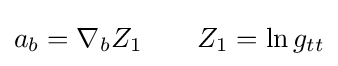
a_{b}=\nabla _{b}Z_{1}\qquad Z_{1}=\ln {g_{tt}}